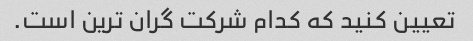
تعیین کنید که کدام شرکت گران ترین است.